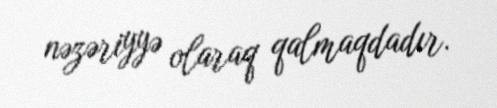
nəzəriyyə olaraq qalmaqdadır.